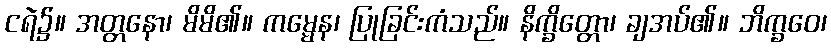
ငရဲ၌။ အတ္တနော၊ မိမိ၏။ ကမ္မေန၊ ပြုခြင်းကံသည်။ နိက္ခိတ္တော၊ ချအပ်၏။ ဘိက္ခဝေ၊